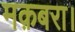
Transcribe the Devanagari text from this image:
मक़बरा।